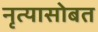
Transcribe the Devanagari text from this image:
नृत्यासोबत